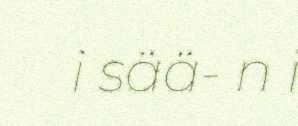
i sää- n i